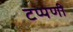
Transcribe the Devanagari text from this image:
टप्पणी